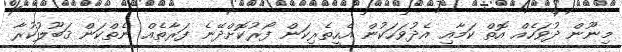
މިނޫން ދުވަހެއް އޮތް ކަމާއި އެދުވަހަކުން އެހީތެރިކަން ފޯރުކޮށްދޭނެ ފަރާތެއް ނެތްކަން ޤަބޫލުކުރާ